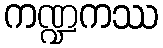
ကဏ္ဍကဿ